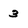
Character: 3